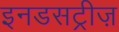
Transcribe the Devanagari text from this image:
इनडसट्रीज़